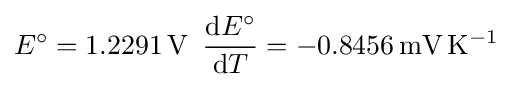
E^{\circ }=1.2291\,\mathrm {V} \,\,\,{\frac {\mathrm {d} E^{\circ }}{\mathrm {d} T}}=-0.8456\,\mathrm {mV\,K^{-1}}